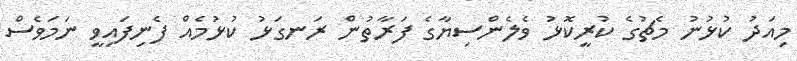
މިއަދު ކުޅުނު މެޗުގެ ކުރީކޮޅު ވެލެންސިޔާގެ ފަރާތުން ރަނގަޅު ކުޅުމެއް ފެނިފައިވީ ނަމަވެސް